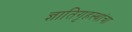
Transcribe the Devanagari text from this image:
ज्ञातिगृहस्थांचा